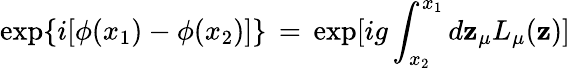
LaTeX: \exp\{ i[\phi(x_{1})-\phi(x_{2})]\} \, =\, \exp[ig\int_{x_{2}}^{x_{1}}d\mathbf{z}_{\mu}L_{\mu}(\mathbf{z})]